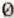
0